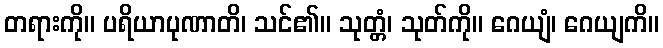
တရားကို။ ပရိယာပုဏာတိ၊ သင်၏။ သုတ္တံ၊ သုတ်ကို။ ဂေယျံ၊ ဂေယျကိ။